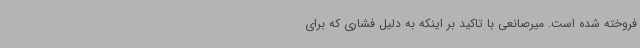
فروخته شده است. میرصانعی با تاکید بر اینکه به دلیل فشاری که برای